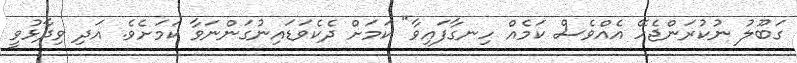
ގަބޫލު ނުކުރަންޖެހޭ އެއްވެސް ކަމެއް ހިނގާފައިވާ" ކަމަށް ދެކެވަޑައިނުގަންނަވާ ކަމަށެވެ. އަދި ވިދާޅުވީ